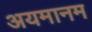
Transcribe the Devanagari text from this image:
अयमानम